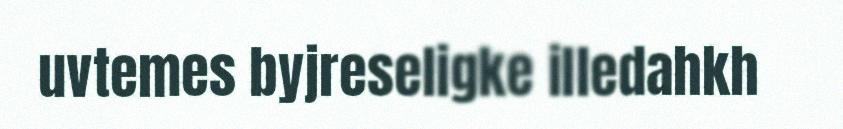
uvtemes byjreseligke illedahkh